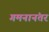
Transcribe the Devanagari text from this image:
गमनानंतर